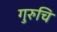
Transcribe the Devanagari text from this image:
गुरुचि